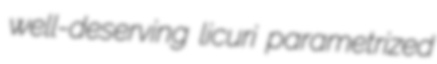
well-deserving licuri parametrized